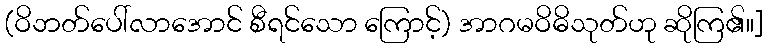
(ဝိဘတ်ပေါ်လာအောင် စီရင်သော ကြောင့်) အာဂမဝိဓိသုတ်ဟု ဆိုကြ၏။]